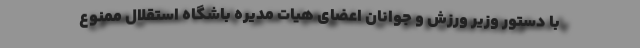
با دستور وزیر ورزش و جوانان اعضای هیات مدیره باشگاه استقلال ممنوع